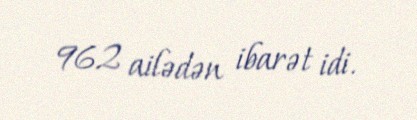
962 ailədən ibarət idi.